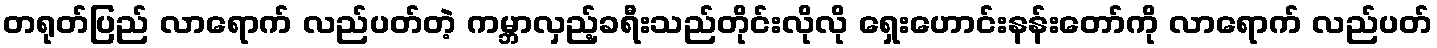
တရုတ်ပြည် လာရောက် လည်ပတ်တဲ့ ကမ္ဘာလှည့်ခရီးသည်တိုင်းလိုလို ရှေးဟောင်းနန်းတော်ကို လာရောက် လည်ပတ်